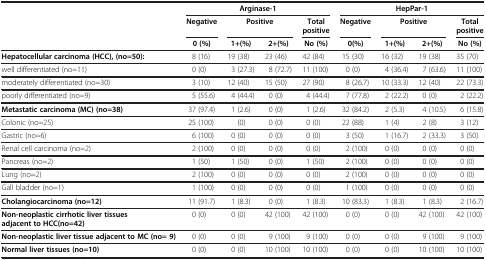
<table><thead><tr><td rowspan="3"><b> </b></td><td colspan="4"><b>Arginase-1</b></td><td colspan="4"><b>HepPar-1</b></td></tr><tr><td><b>Negative</b></td><td colspan="2"><b>Positive</b></td><td><b>Total positive</b></td><td><b>Negative</b></td><td colspan="2"><b>Positive</b></td><td><b>Total positive</b></td></tr><tr><td><b>0 (%)</b></td><td><b>1+(%)</b></td><td><b>2+(%)</b></td><td><b>No (%)</b></td><td><b>0(%)</b></td><td><b>1+(%)</b></td><td><b>2+(%)</b></td><td><b>No (%)</b></td></tr></thead><tbody><tr><td><b>Hepatocellular carcinoma (HCC), (no=50):</b></td><td>8 (16)</td><td>19 (38)</td><td>23 (46)</td><td>42 (84)</td><td>15 (30)</td><td>16 (32)</td><td>19 (38)</td><td>35 (70)</td></tr><tr><td>well differentiated (no=11)</td><td>0 (0)</td><td>3 (27.3)</td><td>8 (72.7)</td><td>11 (100)</td><td>0 (0)</td><td>4 (36.4)</td><td>7 (63.6)</td><td>11 (100)</td></tr><tr><td>moderately differentiated (no=30)</td><td>3 (10)</td><td>12 (40)</td><td>15 (50)</td><td>27 (90)</td><td>8 (26.7)</td><td>10 (33.3)</td><td>12 (40)</td><td>22 (73.3)</td></tr><tr><td>poorly differentiated (no=9)</td><td>5 (55.6)</td><td>4 (44.4)</td><td>0 (0)</td><td>4 (44.4)</td><td>7 (77.8)</td><td>2 (22.2)</td><td>0 (0)</td><td>2 (22.2)</td></tr><tr><td><b>Metastatic carcinoma (MC) (no=38)</b></td><td>37 (97.4)</td><td>1 (2.6)</td><td>0 (0)</td><td>1 (2.6)</td><td>32 (84.2)</td><td>2 (5.3)</td><td>4 (10.5)</td><td>6 (15.8)</td></tr><tr><td>Colonic (no=25)</td><td>25 (100)</td><td>(0)</td><td>0 (0)</td><td>0 (0)</td><td>22 (88)</td><td>1 (4)</td><td>2 (8)</td><td>3 (12)</td></tr><tr><td>Gastric (no=6)</td><td>6 (100)</td><td>0 (0)</td><td>0 (0)</td><td>0 (0)</td><td>3 (50)</td><td>1 (16.7)</td><td>2 (33.3)</td><td>3 (50)</td></tr><tr><td>Renal cell carcinoma (no=2)</td><td>2 (100)</td><td>0 (0)</td><td>0 (0)</td><td>0 (0)</td><td>2 (100)</td><td>0 (0)</td><td>0 (0)</td><td>0 (0)</td></tr><tr><td>Pancreas (no=2)</td><td>1 (50)</td><td>1 (50)</td><td>0 (0)</td><td>1 (50)</td><td>2 (100)</td><td>0 (0)</td><td>0 (0)</td><td>0 (0)</td></tr><tr><td>Lung (no=2)</td><td>2 (100)</td><td>0 (0)</td><td>0 (0)</td><td>0 (0)</td><td>2 (100)</td><td>0 (0)</td><td>0 (0)</td><td>0 (0)</td></tr><tr><td>Gall bladder (no=1)</td><td>1 (100)</td><td>0 (0)</td><td>0 (0)</td><td>0 (0)</td><td>1 (100)</td><td>0 (0)</td><td>0 (0)</td><td>0 (0)</td></tr><tr><td><b>Cholangiocarcinoma (no=12)</b></td><td>11 (91.7)</td><td>1 (8.3)</td><td>0 (0)</td><td>1 (8.3)</td><td>10 (83.3)</td><td>1 (8.3)</td><td>1 (8.3)</td><td>2 (16.7)</td></tr><tr><td><b>Non-neoplastic cirrhotic liver tissues adjacent to HCC(no=42)</b></td><td>0 (0)</td><td>0 (0)</td><td>42 (100)</td><td>42 (100)</td><td>0 (0)</td><td>0 (0)</td><td>42 (100)</td><td>42 (100)</td></tr><tr><td><b>Non-neoplastic liver tissue adjacent to MC (no= 9)</b></td><td>0 (0)</td><td>0 (0)</td><td>9 (100)</td><td>9 (100)</td><td>0 (0)</td><td>0 (0)</td><td>9 (100)</td><td>9 (100)</td></tr><tr><td><b>Normal liver tissues (no=10)</b></td><td>0 (0)</td><td>0 (0)</td><td>10 (100)</td><td>10 (100)</td><td>0 (0)</td><td>0 (0)</td><td>10 (100)</td><td>10 (100)</td></tr></tbody></table>